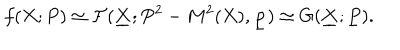
f ( X ; P ) \simeq { \cal F } ( \underline { { { \bf X } } } ; P ^ { 2 } - M ^ { 2 } ( X ) , \underline { { { \bf p } } } ) \simeq G ( \underline { { { \bf X } } } ; \underline { { { P } } } ) .